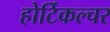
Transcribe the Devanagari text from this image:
होर्टिकल्चर